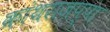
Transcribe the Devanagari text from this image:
कांथराजप्पा